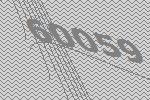
60059